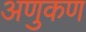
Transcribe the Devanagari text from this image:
अणुकण